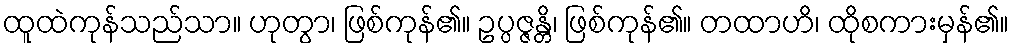
ထူထဲကုန်သည်သာ။ ဟုတွာ၊ ဖြစ်ကုန်၏။ ဥပ္ပဇ္ဇန္တိ၊ ဖြစ်ကုန်၏။ တထာဟိ၊ ထိုစကားမှန်၏။